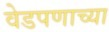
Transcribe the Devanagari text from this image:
वेडपणाच्या